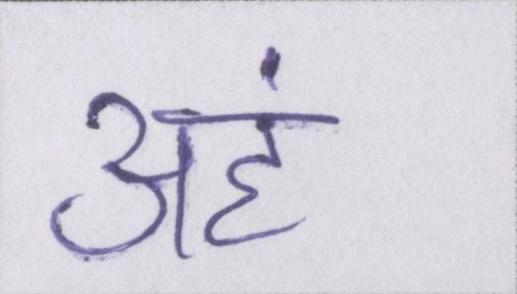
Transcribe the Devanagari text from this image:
अहं